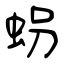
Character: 𧊅